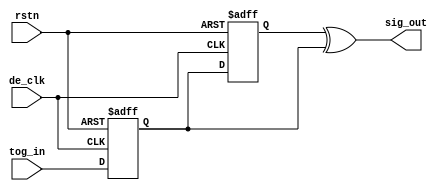
module pp_sync
    (
     input	de_clk,		
     input      rstn,		
     input      tog_in,		
     output 	sig_out	        
     );
  reg 		c0_rdya;
  reg 		c0_rdyc;
  always @(posedge de_clk or negedge rstn) begin
    if(!rstn) c0_rdya <= 1'b0;
    else      c0_rdya <= tog_in;
  end
  always @(posedge de_clk or negedge rstn) begin
    if(!rstn) c0_rdyc <= 1'b0;
    else      c0_rdyc <= c0_rdya;
  end
  assign sig_out = c0_rdyc ^ c0_rdya;
endmodule